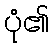
ပုံ၏